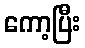
ကော့ပြီး